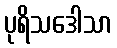
ပုရိသဒေါသာ